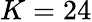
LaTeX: K=24